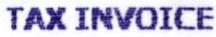
TAX INVOICE